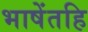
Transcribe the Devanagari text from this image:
भाषेंतहि